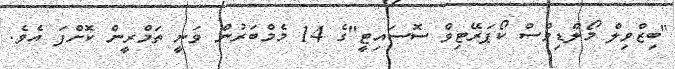
"ބިޒްވިލް މޯލްޑިވްސް ކޯޕަރޭޓިވް ސޮސައިޓީ"ގެ 14 މެމްބަރުން ވަނީ ތަމްރީން ކޮށްފަ އެވެ.